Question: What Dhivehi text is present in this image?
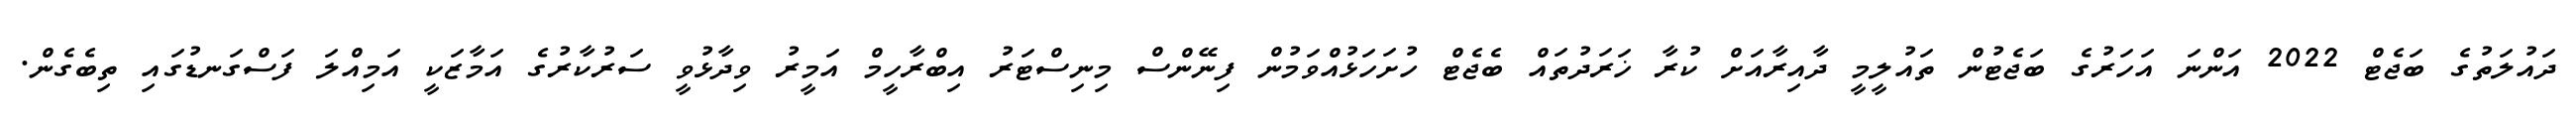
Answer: ދައުލަތުގެ ބަޖެޓް 2022 އަންނަ އަހަރުގެ ބަޖެޓުން ތައުލީމީ ދާއިރާއަށް ކުރާ ޚަރަދުތައް ބެޖެޓް ހުށަހަޅުއްވަމުން ފިނޭންސް މިނިސްޓަރު އިބްރާހީމް އަމީރު ވިދާޅުވީ ސަރުކާރުގެ އަމާޒަކީ އަމިއްލަ ފަސްގަނޑުގައި ތިބެގެން.